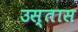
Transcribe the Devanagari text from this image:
उस्तास